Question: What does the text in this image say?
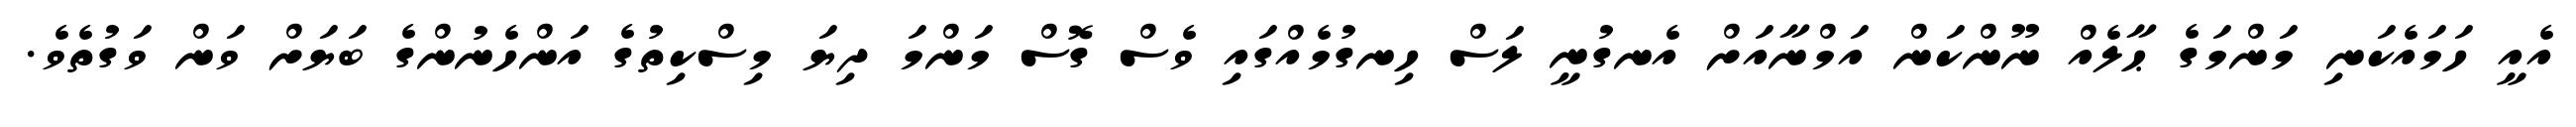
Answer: އެއީ ހަމައެކަނި މަންމަގެ ޙާލެއް ނޫންކަން އަމްނާއަށް އެނގުނީ ލަސް ހިނގުމެއްގައި ވެސް ގޮސް މަންމަ ދިޔަ މިސްކިތުގެ އަންހެނުންގެ ބަޔަށް ވަން ވަގުތެވެ.